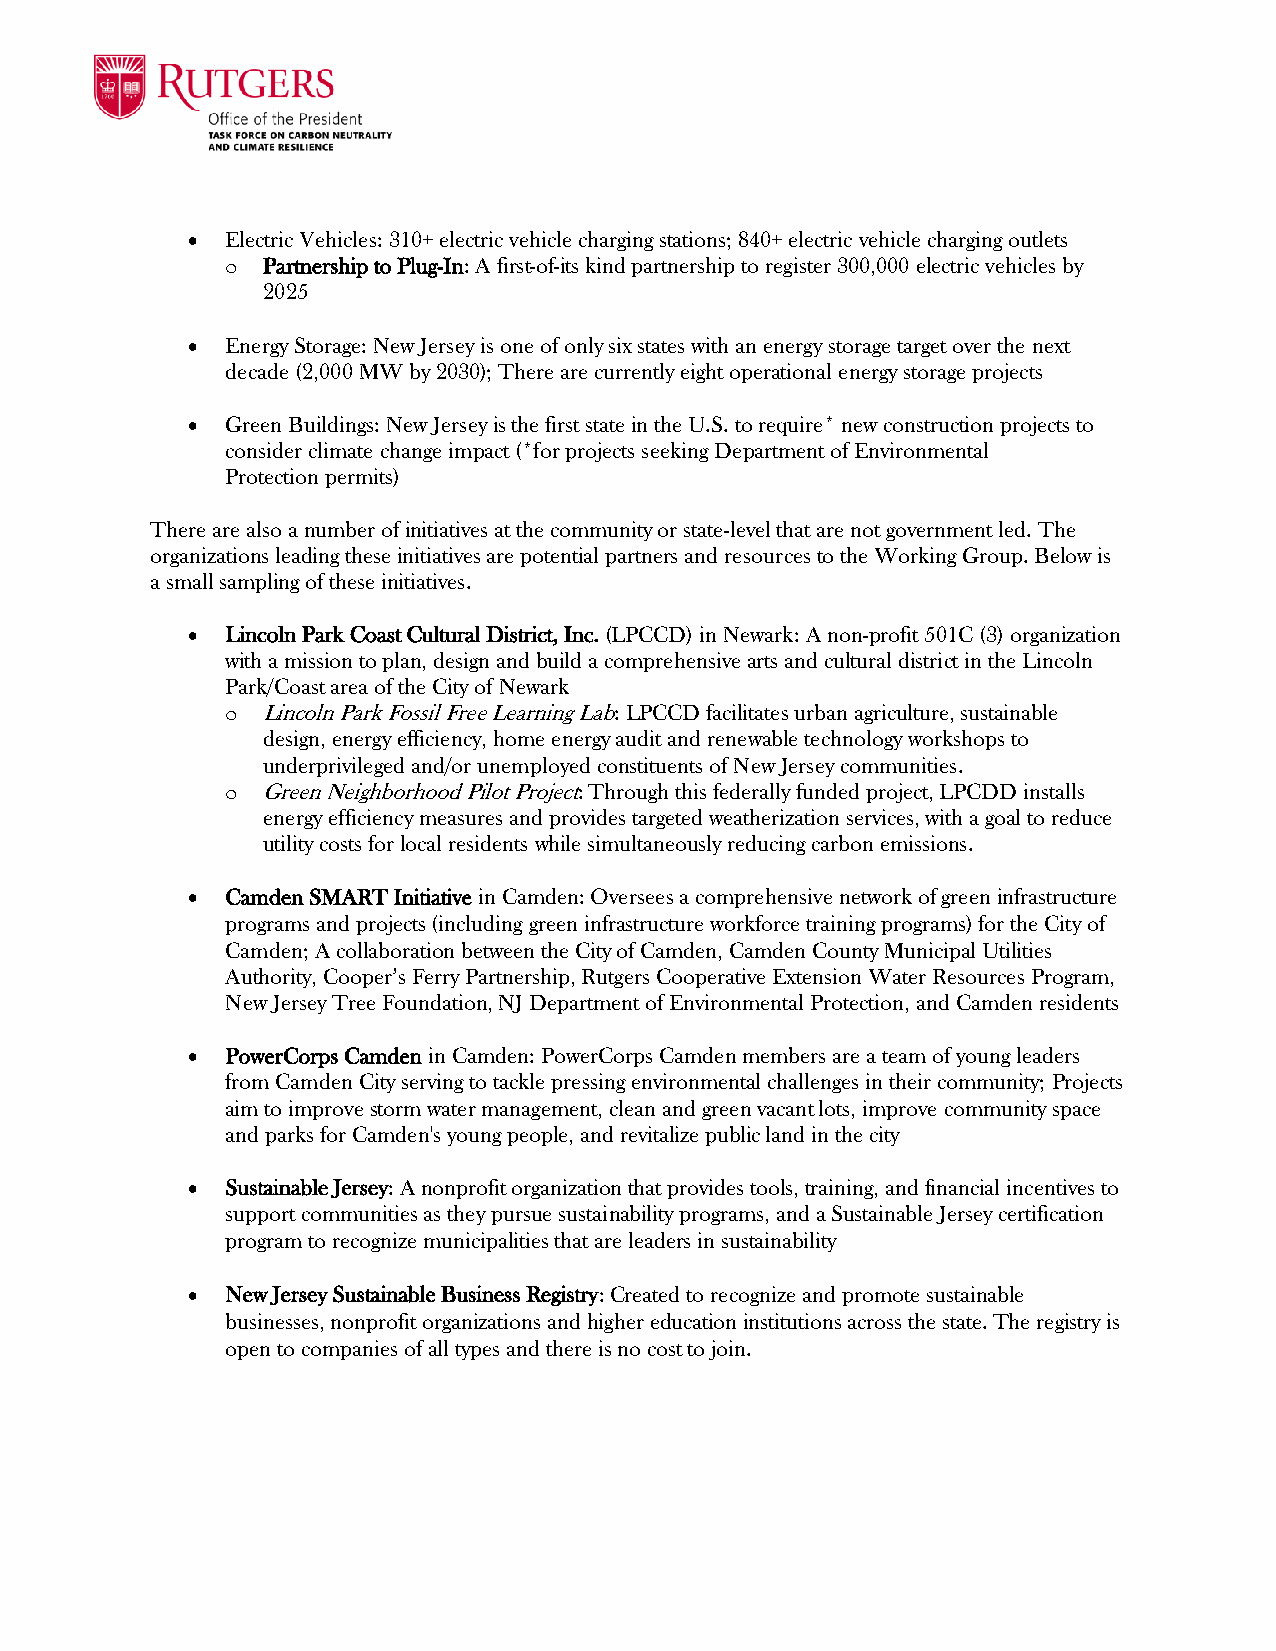
•  Electric Vehicles: 310+ electric vehicle charging stations; 840+ electric vehicle charging outlets
 o Partnership to Plug-In: A first-of-its kind partnership to register 300,000 electric vehicles by
 2025
 •  Energy Storage: New Jersey is one of only six states with an energy storage target over the next
 decade (2,000 MW by 2030); There are currently eight operational energy storage projects
 •  Green Buildings: New Jersey is the first state in the U.S. to require* new construction projects to
 consider climate change impact (*for projects seeking Department of Environmental
 Protection permits)
 There are also a number of initiatives at the community or state-level that are not government led. The
 organizations leading these initiatives are potential partners and resources to the Working Group. Below is
 a small sampling of these initiatives.
 •  Lincoln Park Coast Cultural District, Inc. (LPCCD) in Newark: A non-profit 501C (3) organization
 with a mission to plan, design and build a comprehensive arts and cultural district in the Lincoln
 Park/Coast area of the City of Newark
 o Lincoln Park Fossil Free Learning Lab: LPCCD facilitates urban agriculture, sustainable
 design, energy efficiency, home energy audit and renewable technology workshops to
 underprivileged and/or unemployed constituents of New Jersey communities.
 o Green Neighborhood Pilot Project: Through this federally funded project, LPCDD installs
 energy efficiency measures and provides targeted weatherization services, with a goal to reduce
 utility costs for local residents while simultaneously reducing carbon emissions.
 •  Camden SMART Initiative in Camden: Oversees a comprehensive network of green infrastructure
 programs and projects (including green infrastructure workforce training programs) for the City of
 Camden; A collaboration between the City of Camden, Camden County Municipal Utilities
 Authority, Cooper’s Ferry Partnership, Rutgers Cooperative Extension Water Resources Program,
 New Jersey Tree Foundation, NJ Department of Environmental Protection, and Camden residents
 •  PowerCorps Camden in Camden: PowerCorps Camden members are a team of young leaders
 from Camden City serving to tackle pressing environmental challenges in their community; Projects
 aim to improve storm water management, clean and green vacant lots, improve community space
 and parks for Camden's young people, and revitalize public land in the city
 •  Sustainable Jersey: A nonprofit organization that provides tools, training, and financial incentives to
 support communities as they pursue sustainability programs, and a Sustainable Jersey certification
 program to recognize municipalities that are leaders in sustainability
 •  New Jersey Sustainable Business Registry: Created to recognize and promote sustainable
 businesses, nonprofit organizations and higher education institutions across the state. The registry is
 open to companies of all types and there is no cost to join.